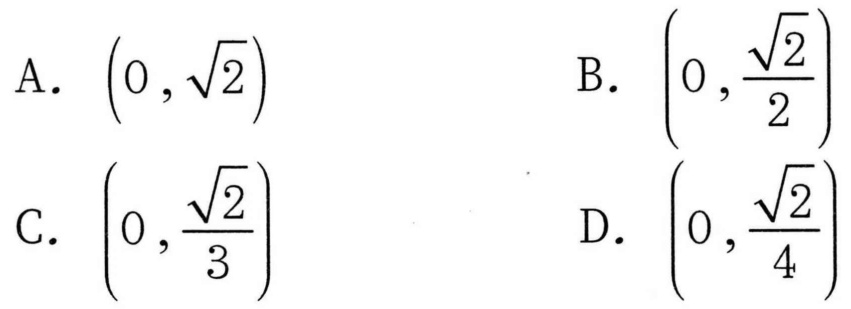
A. $\left(0,\sqrt{2}\right)$  B. $\left(0,\frac{\sqrt{2}}{2}\right)$
C. $\left(0,\frac{\sqrt{2}}{3}\right)$  D. $\left(0,\frac{\sqrt{2}}{4}\right)$